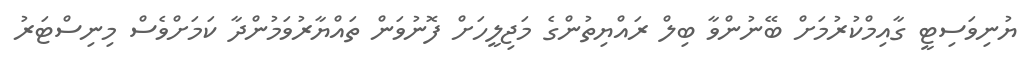
ޔުނިވަސިޓީ ގާއިމްކުރުމަށް ބޭނުންވާ ބިލް ރައްޔިތުންގެ މަޖިލީހަށް ފޮނުވަން ތައްޔާރުވަމުންދާ ކަމަށްވެސް މިނިސްޓަރު